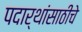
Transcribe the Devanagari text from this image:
पदार्थांसाठीचे